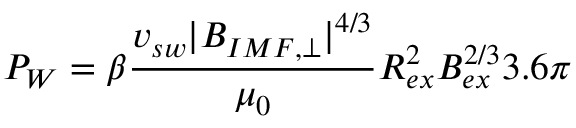
P _ { W } = \beta \frac { v _ { s w } | B _ { I M F , \perp } | ^ { 4 / 3 } } { \mu _ { 0 } } R _ { e x } ^ { 2 } B _ { e x } ^ { 2 / 3 } 3 . 6 \pi